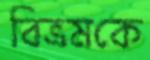
বিভ্রমকে